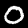
Label: 0